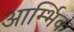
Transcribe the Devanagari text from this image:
आर्म्भिक